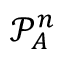
\mathcal P _ { A } ^ { n }